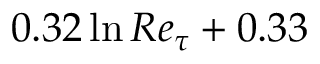
0 . 3 2 \ln R e _ { \tau } + 0 . 3 3